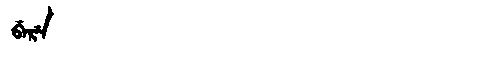
Manchu: ᠪᡝᡵᡝ
Romanization: BERE